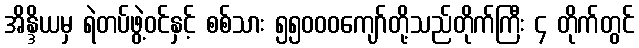
အိန္ဒိယမှ ရဲတပ်ဖွဲ့ဝင်နှင့် စစ်သား ၅၅၀၀၀ကျော်တို့သည်တိုက်ကြီး ၄ တိုက်တွင်